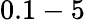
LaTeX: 0.1-5